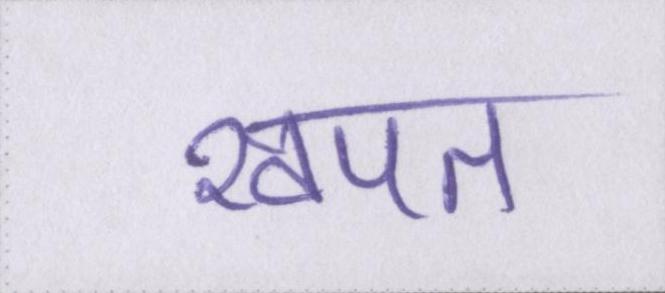
खपत